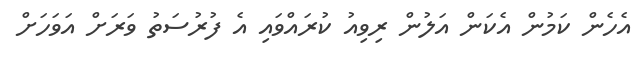
އެހެން ކަމުން އެކަން އަލުން ރިވިއު ކުރައްވައި އެ ފުރުސަތު ވަރަށް އަވަހަށް